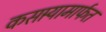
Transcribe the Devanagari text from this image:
कसार्‍यामार्फत